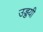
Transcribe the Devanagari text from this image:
उड्डयी